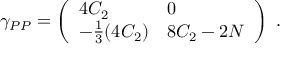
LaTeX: \gamma _ { P P } = \left( \begin{array} { l l } { { 4 C _ { 2 } } } & { { 0 } } \\ { { - { \frac { 1 } { 3 } } ( 4 C _ { 2 } ) } } & { { 8 C _ { 2 } - 2 N } } \end{array} \right) \ .